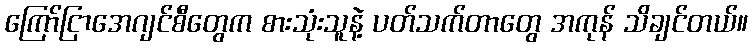
ကြော်ငြာအေဂျင်စီတွေက စားသုံးသူနဲ့ ပတ်သက်တာတွေ အကုန် သိချင်တယ်။